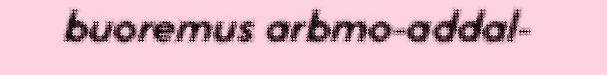
buoremus arbmo-addal-